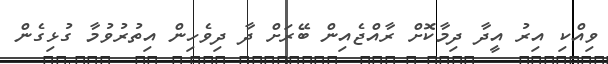
ވިއްކި އިރު އީދާ ދިމާކޮށް ރާއްޖެއިން ބޭރަށް ދާ ދިވެހިން އިތުރުވުމާ ގުޅިގެން